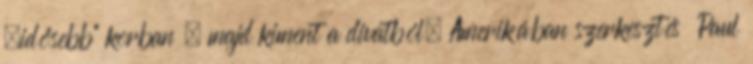
„idősebb” korban , majd kiment a divatból. Amerikában szerkesztés Paul